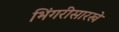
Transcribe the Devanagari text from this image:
भिंगरीसारखे